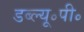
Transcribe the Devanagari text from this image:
डब्ल्यू॰पी॰